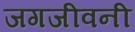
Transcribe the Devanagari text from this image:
जगजीवनी